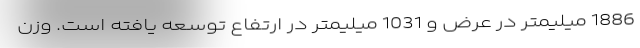
1886 میلیمتر در عرض و 1031 میلیمتر در ارتفاع توسعه یافته است. وزن